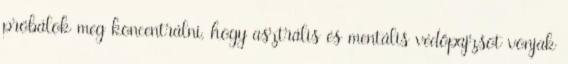
próbálok meg koncentrálni, hogy asztrális és mentális védőpajzsot vonjak